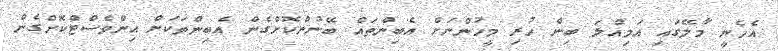
އެހެނީ މާލޭގައި އަމިއްލަ ބިން ހުރި މީހުންނަށް އެބިންތައް ބޭނުންކޮށްގެން އެބިންތަކަށް އިންވެސްޓްކޮށްގެން